Medical and sanitary report of the native army of Bengal for the year
Year: 1874
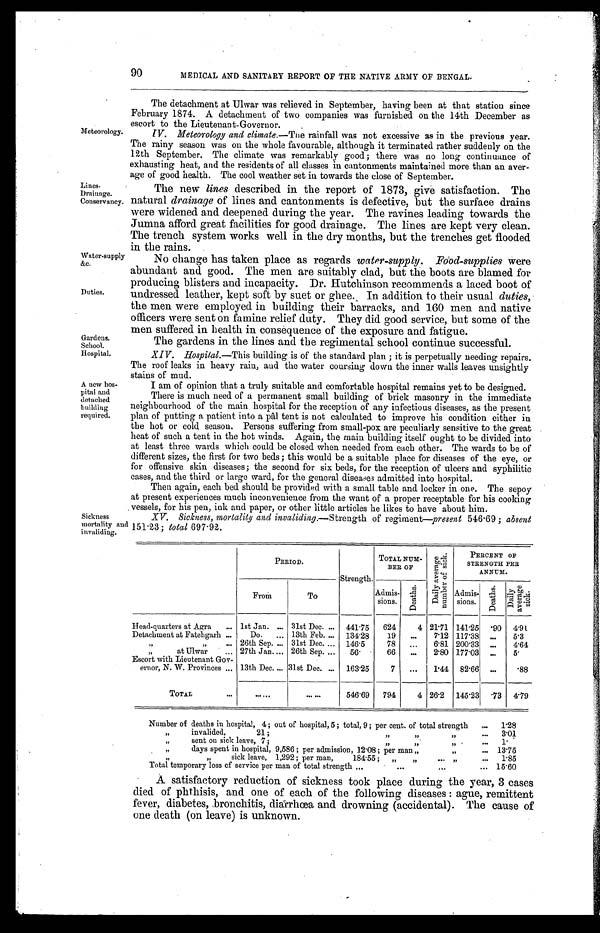
Water-supply
&c.
Duties.
Gardens.
School.
Hospital.
A new hos
-pital and
detached
building
required.
90
MEDICAL AND SANITARY REPORT OF THE NATIVE ARMY OF BENGAL.
Meteorology.
Lines.
Drainage.
Conservancy.
The detachment at Ulwar was relieved in September, having been at that station since
February 1874. A detachment of two companies was furnished on the 14th December as
escort to the Lieutenant-Governor.
IV. Meteorology and climate.—The rainfall was not excessive as in the previous year.
The rainy season was on the whole favourable, although it terminated rather suddenly on the
12th September. The climate was remarkably good ; there was no long continuance of
exhausting heat, and the residents of all classes in cantonments maintained more than an aver
-age of good health. The cool weather set in towards the close of September.
The new lines described in the report of 1873, give satisfaction. The
natural drainage of lines and cantonments is defective, but the surface drains
were widened and deepened during the year. The ravines leading towards the
Jumna afford great facilities for good drainage. The lines are kept very clean.
The trench system works well in the dry months, but the trenches get flooded
in the rains.
No change has taken place as regards water-supply. Food-supplies were
abundant and good. The men are suitably clad, but the boots are blamed for
producing blisters and incapacity. Dr. Hutchinson recommends a laced boot of
undressed leather, kept soft by suet or ghee. In addition to their usual duties,
the men. were employed in building their barracks, and 160 men and native
officers were sent on famine relief duty. They did good service, but some of the
men suffered in health in consequence of the exposure and fatigue.
The gardens in the lines and the regimental school continue successful.
XIV. Hospital .—This building is of the standard plan ; it is perpetually needing repairs.
The roof leaks in heavy rain, and the water coursing down the inner walls leaves unsightly
stains of mud.
I am of opinion that a truly suitable and comfortable hospital remains yet to be designed.
There is much need of a permanent small building of brick masonry in the immediate
neighbourhood of the main hospital for the reception of any infectious diseases, as the present
plan of putting a patient into a pâl tent is not calculated to improve his condition either in
the hot or cold season. Persons suffering from small-pox are peculiarly sensitive to the great
heat of such a tent in the hot winds. Again, the main building itself ought to be divided into
at least three wards which could be closed when needed from each other. The wards to be of
different sizes, the first for two beds; this would be a suitable place for diseases of the eye, or
for offensive skin diseases; the second for six beds, for the reception of ulcers and syphilitic
cases, and the third or large ward, for the general diseases admitted into hospital.
Then again, each bed should be provided with a small table and locker in one. The sepoy
at present experiences much inconvenience from the want of a proper receptable for his cooking
vessels, for his pen, ink and paper, or other little articles he likes to have about him.
Sickness
mortality and
invaliding.
XV. Sickness, mortality and invaliding .—Strength of regiment—present 546.69 ; absent
151.23 ; total 697.92.
PERIOD.
Strength.
TOTAL NUM-
BER OF
D a i l y a v e r a g e n u m b e r o f s i c k .
PERCENT OF
STRENGTH PER
.
ANNUM
From
To
Admis-
sions.
D e a t h s .
Admis-
sions.
D e a t h s .
D a i l y a v e r a g e s i c k .
Head-quarters at Agra . . . 1st Jan. . . . 31st Dec. . . . 441.75
624
4 21.71 141.25
. 9 0 4.91
Detachment at Fatehgarh . . .
Do. . . . 13th Feb. . . . 134.28
19
. . .
7.12 117.38
. . .
5.3
" " . . .
26th Sep . . . . 31st Dec. . . . 146.5
78
. . .
6.81 200.33
. . . 4.64
" at Ulwar . . . 27th Jan . . . . . 26th Sep. . . .
56.
66
. . .
2.80 177.03
. . . 5 .
Escort with Lieutenant Gov -
ernor, N. W. Provinces . . . 13th Dec. . . . 31st Dec. . . . 163.25
7
. . .
1.44
82.66
. . .
.88
TOTAL . . .
. . .
. . . 546.69
794
4 26.2 145.23
. 7 3 4.79
Number of deaths in hospital, 4 ; out of hospital, 5 ; total, 9 ; per cent. of total strength . . .
1.28
," invalided,
21
;
"
"
"
.
.
.
3.01
" sent on si ck l eave, 7 ; " " " . . .
1 .
" d a y s
s p e n t i n
h o s p i t a l , 9 , 5 8 6 ; p e r
a d m i s s i o n ,
1 2 . 0 8 ; p e r m a n " " . . . 13.75
" " s i c k
l e a v e ,
1 , 2 9 2 ;p
e r m a n , 1 8 4 . 5 5 ; " " . . . " . . .
1.85
Total temporary loss of service per man of total strength . . . 15.60
A satisfactory reduction of sickness took place during the year, 3 cases
died of phthisis, and one of each of the following diseases : ague, remittent
fever, diabetes, bronchitis, diarrhœa and drowning (accidental). The cause of
one death (on leave) is unknown.